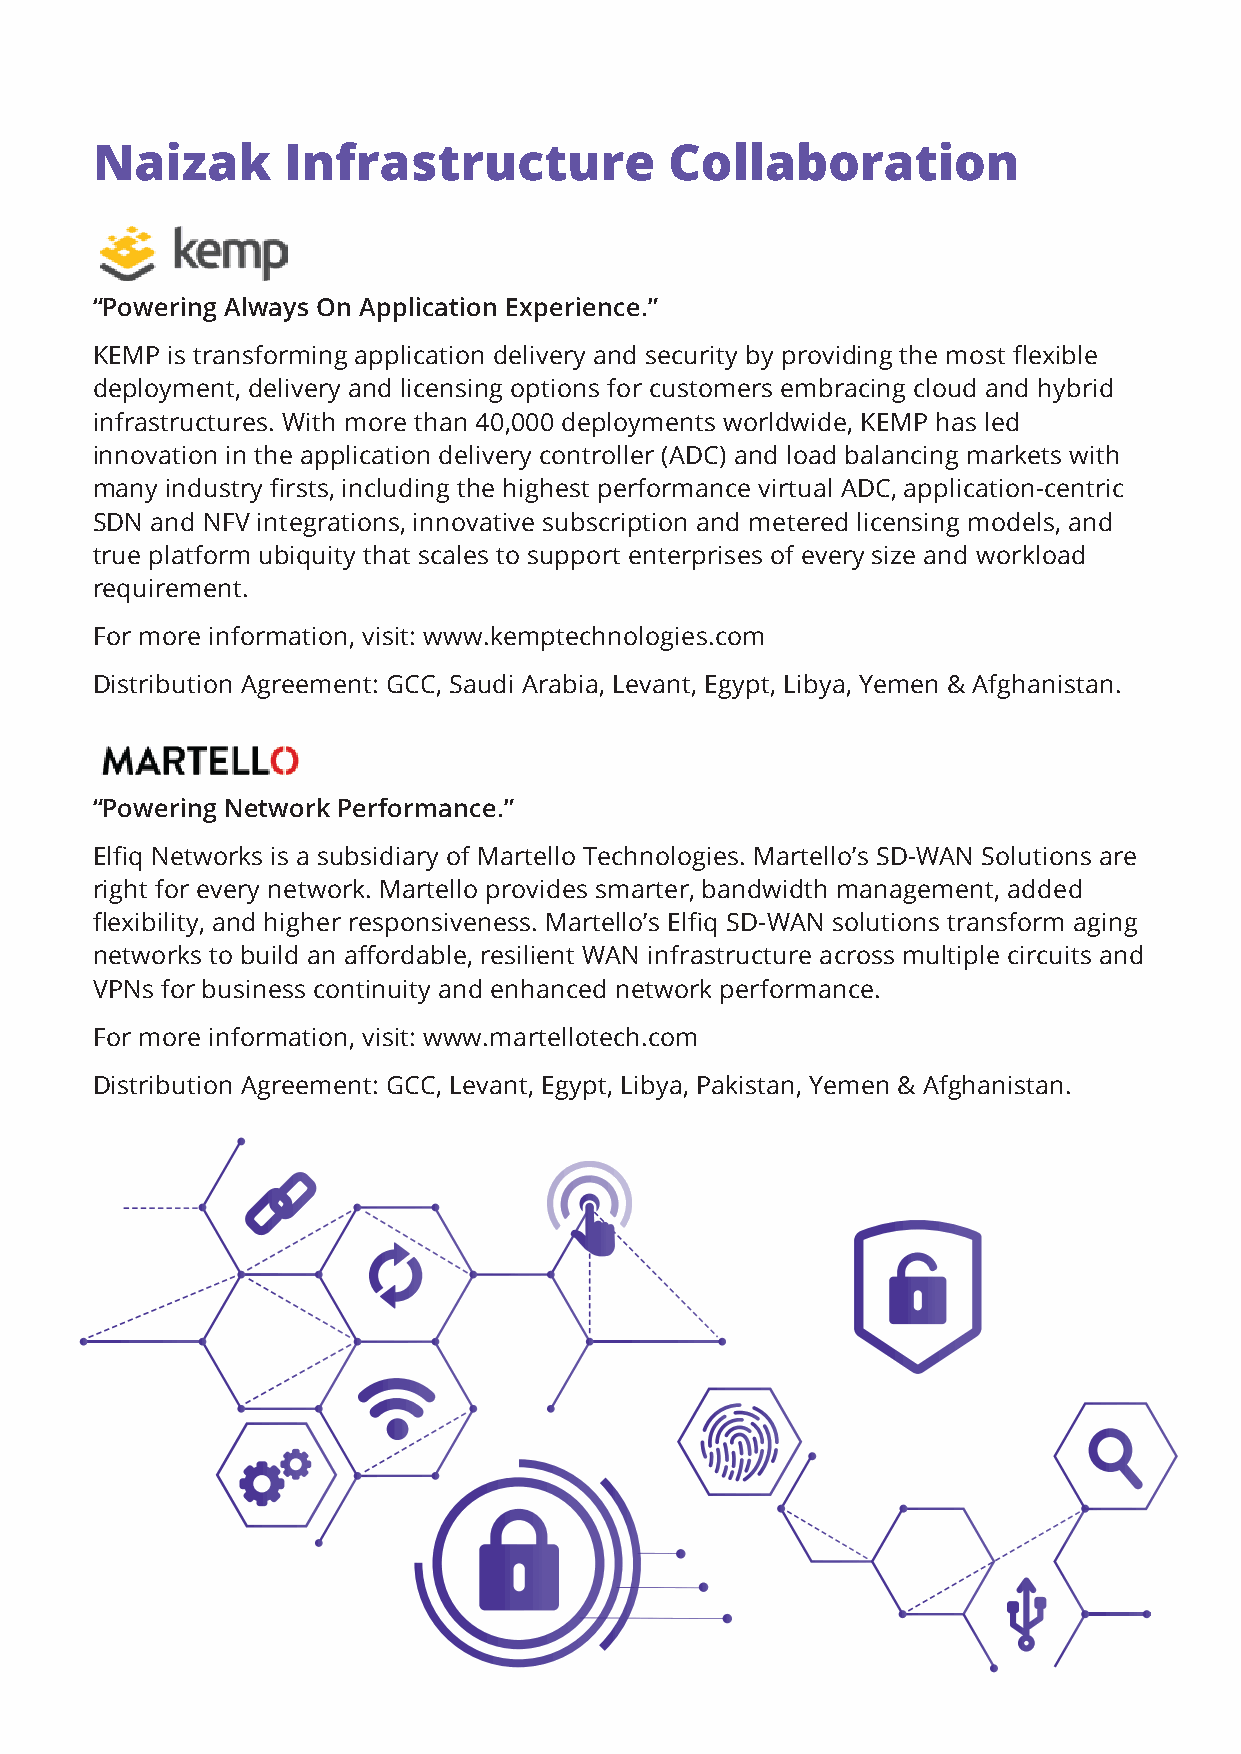
Naizak       Infrastructure           Collaboration
 “Powering Always On Application Experience.”
 KEMP is transforming application delivery and security by providing the most flexible
 deployment, delivery and licensing options for customers embracing cloud and hybrid
 infrastructures. With more than 40,000 deployments worldwide, KEMP has led
 innovation in the application delivery controller (ADC) and load balancing markets with
 many industry firsts, including the highest performance virtual ADC, application-centric
 SDN and NFV integrations, innovative subscription and metered licensing models, and
 true platform ubiquity that scales to support enterprises of every size and workload
 requirement.
 For more information, visit: www.kemptechnologies.com
 Distribution Agreement: GCC, Saudi Arabia, Levant, Egypt, Libya, Yemen & Afghanistan.
 “Powering Network Performance.”
 Elfiq Networks is a subsidiary of Martello Technologies. Martello’s SD-WAN Solutions are
 right for every network. Martello provides smarter, bandwidth management, added
 flexibility, and higher responsiveness. Martello’s Elfiq SD-WAN solutions transform aging
 networks to build an affordable, resilient WAN infrastructure across multiple circuits and
 VPNs for business continuity and enhanced network performance.
 For more information, visit: www.martellotech.com
 Distribution Agreement: GCC, Levant, Egypt, Libya, Pakistan, Yemen & Afghanistan.